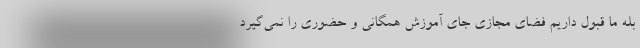
بله ما قبول داریم فضای مجازی جای آموزش همگانی و حضوری را نمی‌گیرد